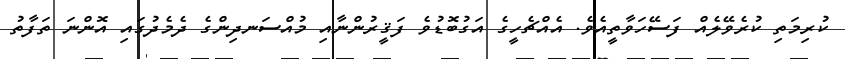
ކުރިމަތި ކުރެވޭލެއް ފަސޭހަވާތީއެވެ. އެއްޗެހީގެ އަގުބޮޑުވެ ފަޤީރުންނާއި މުއްސަނދިންގެ ދެމެދުގައި އޮންނަ ތަފާތު